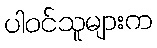
ပါဝင်သူများက